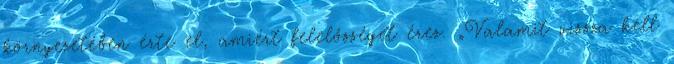
környezetében érte el, amiért felelôsséget érez. „Valamit vissza kell